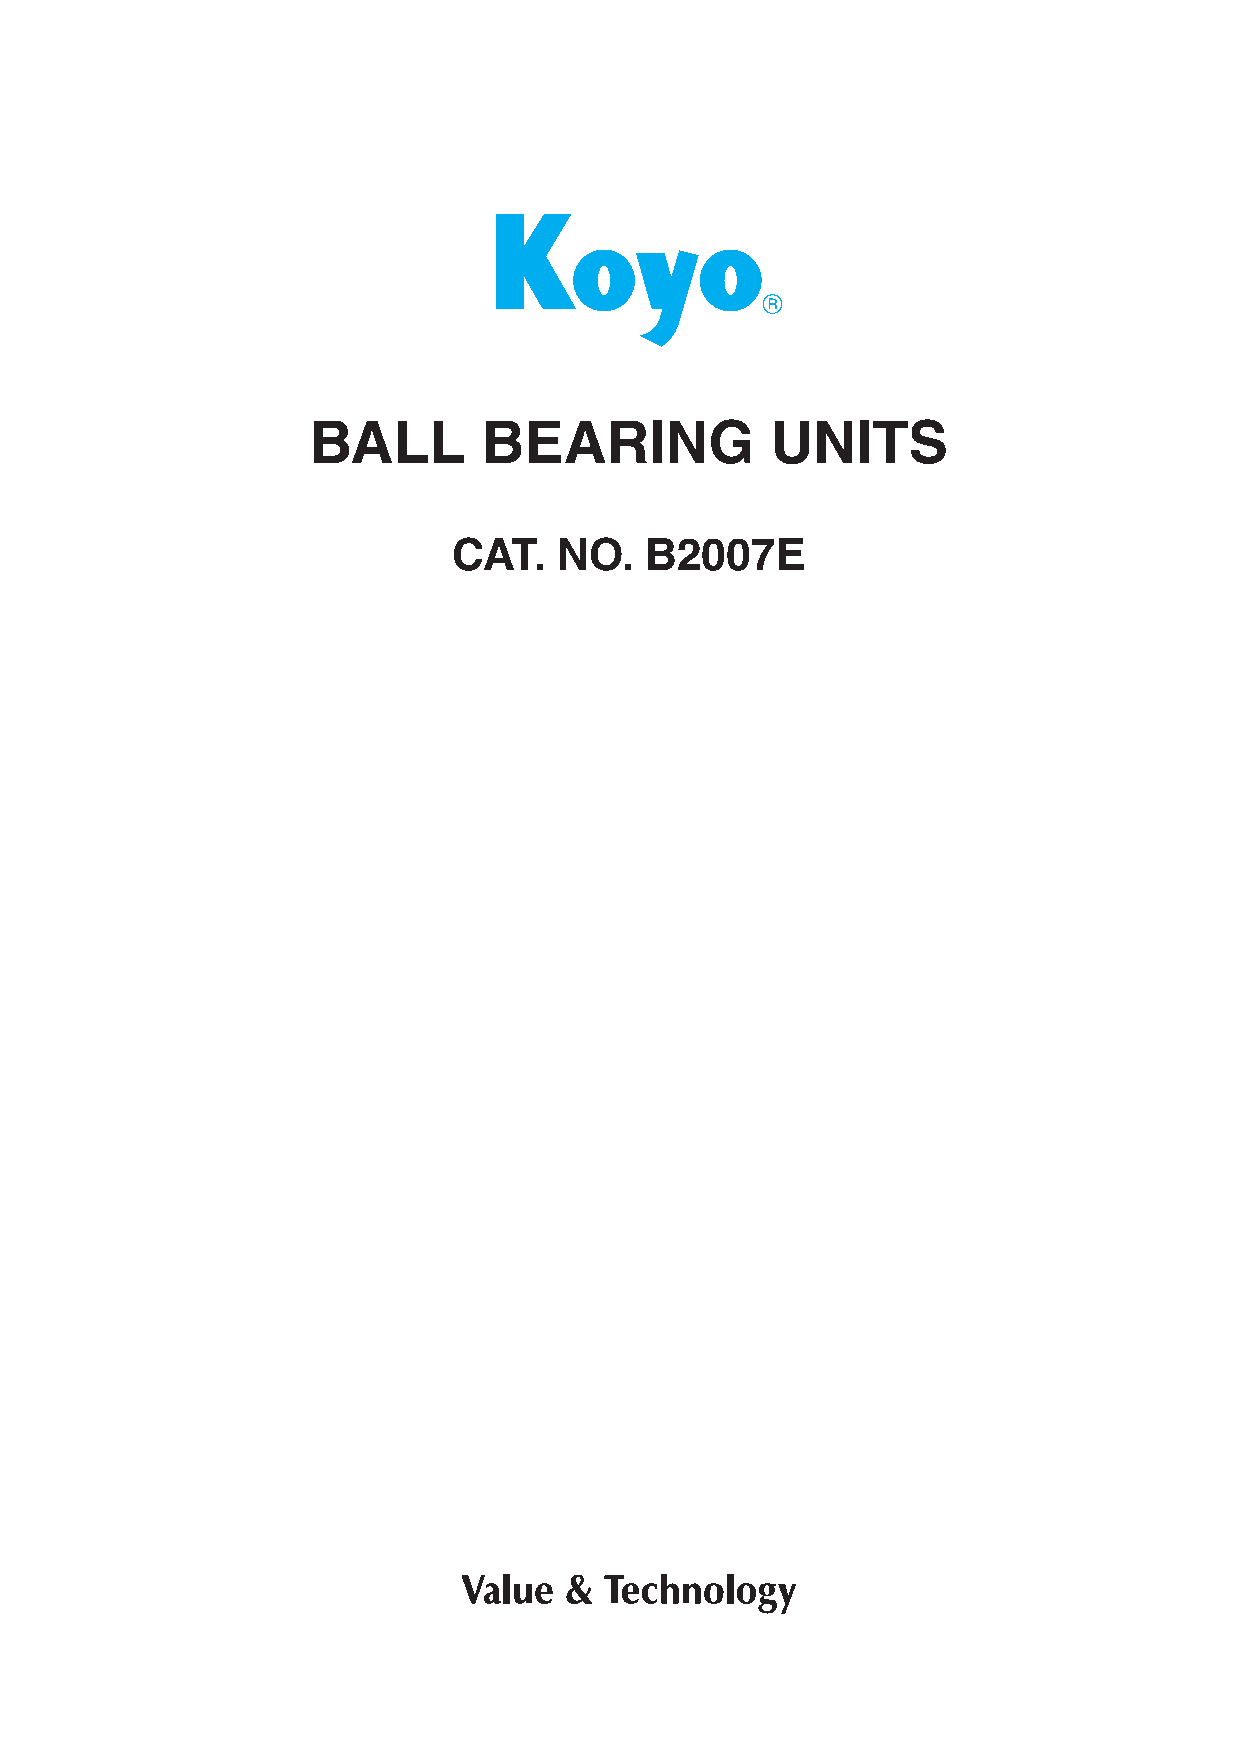
BALL       BEARING            UNITS
 CAT.   NO.   B2007E